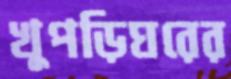
খুপড়িঘরের